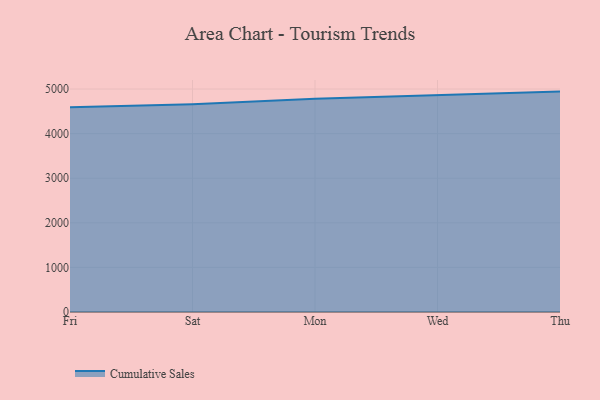
{"axis": {"x": "Day", "y": "Tickets Resolved"}, "legend": ["Cumulative Sales"], "data": [{"x": "Fri", "y": 4592.5, "type": "Cumulative Sales"}, {"x": "Sat", "y": 4662.0, "type": "Cumulative Sales"}, {"x": "Mon", "y": 4782.5, "type": "Cumulative Sales"}, {"x": "Wed", "y": 4862.5, "type": "Cumulative Sales"}, {"x": "Thu", "y": 4943.1, "type": "Cumulative Sales"}]}